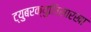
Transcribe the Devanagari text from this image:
ट्युबरक्युलिसारखा